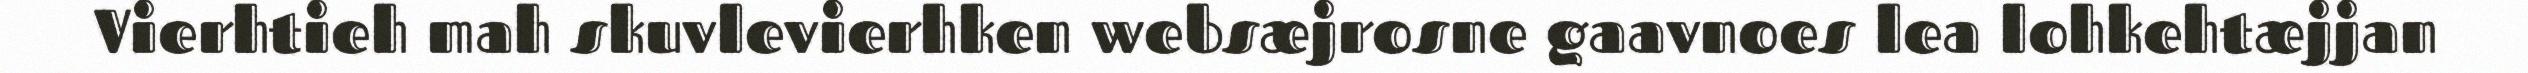
Vierhtieh mah skuvlevierhken websæjrosne gaavnoes lea lohkehtæjjan